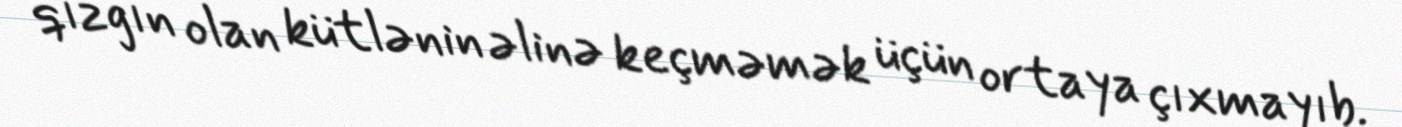
qızğın olan kütlənin əlinə keçməmək üçün ortaya çıxmayıb.